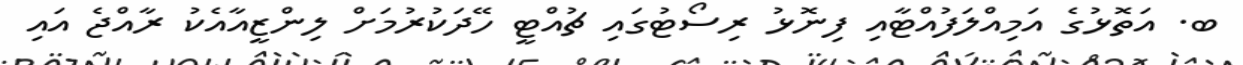
ބ. އަތޮޅުގެ އަމިއްލަފުއްޓާއި ފިނޮޅު ރިސޯޓުގައި ޗުއްޓީ ހޭދަކުރުމަށް ލިންޒީއާއެކު ރާއްޖެ އައި